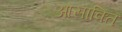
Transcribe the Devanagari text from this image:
आसाक्ति